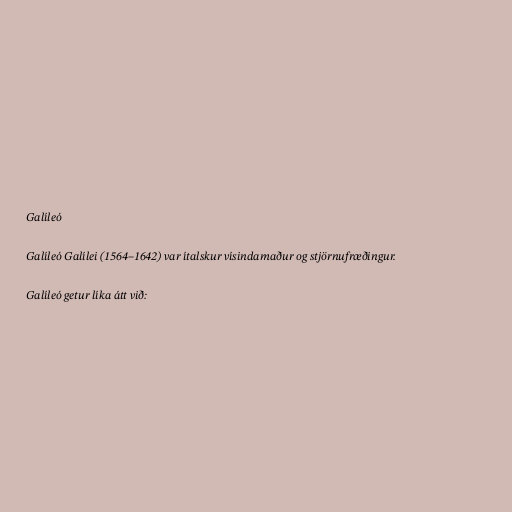
Galíleó

Galíleó Galílei (1564–1642) var ítalskur vísindamaður og stjörnufræðingur.

Galíleó getur líka átt við: